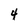
Character: 4